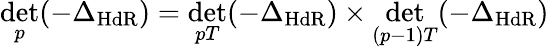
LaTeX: \operatorname*{det}_{p}(-\Delta_{\mathrm{HdR}})=\operatorname*{det}_{pT}(-\Delta_{\mathrm{HdR}})\times\operatorname*{det}_{(p-1)T}(-\Delta_{\mathrm{HdR}})